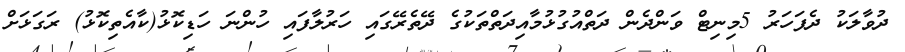
ދުވާލަކު ދެފަހަރު 5މިނިޓް ވަންދެން ދަތްއުގުޅުމާއިދަތްތަކުގެ ދޭތެރޭގައި ހަރުލާފައި ހުންނަ ހަޑިކޮޅު(ކާއެތިކޮޅު) ރަގަޅަށް